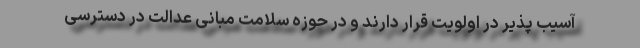
آسیب پذیر در اولویت قرار دارند و در حوزه سلامت مبانی عدالت در دسترسی